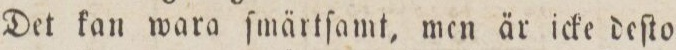
Det kan wara ſmärtſamt, men är icke deſto